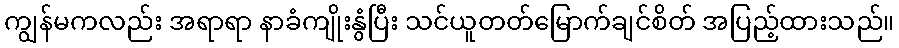
ကျွန်မကလည်း အရာရာ နာခံကျိုးနွံပြီး သင်ယူတတ်မြောက်ချင်စိတ် အပြည့်ထားသည်။